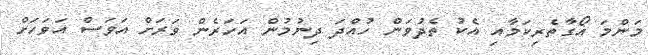
މަންމަ އޯގާތެރިކަމާއި އެކު ތެދުވަން ހުއްދަ ދިނުމުން އަހަރެން ވަރަށް އަވަސް އަވަހަށް